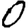
Digit: 0